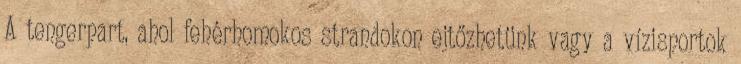
A tengerpart, ahol fehérhomokos strandokon ejtőzhetünk vagy a vízisportok